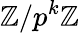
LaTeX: \mathbb{Z}/p^{k}\mathbb{Z}